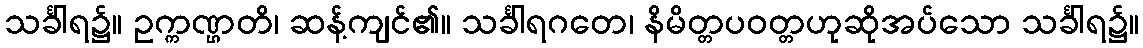
သင်္ခါရ၌။ ဥက္ကဏ္ဌတိ၊ ဆန့်ကျင်၏။ သင်္ခါရဂတေ၊ နိမိတ္တပဝတ္တဟုဆိုအပ်သော သင်္ခါရ၌။